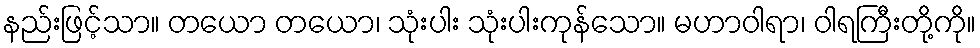
နည်းဖြင့်သာ။ တယော တယော၊ သုံးပါး သုံးပါးကုန်သော။ မဟာဝါရာ၊ ဝါရကြီးတို့ကို။